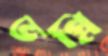
ভগ্নি